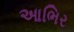
આભિર